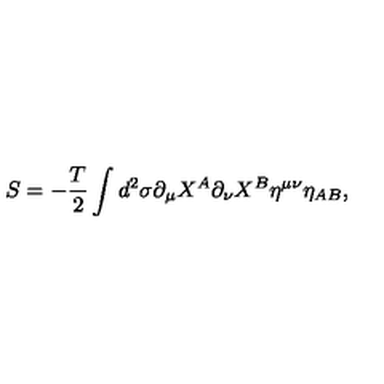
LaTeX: S = - \frac { T } { 2 } \int d ^ { 2 } \sigma \partial _ { \mu } X ^ { A } \partial _ { \nu } X ^ { B } \eta ^ { \mu \nu } \eta _ { A B } ,